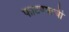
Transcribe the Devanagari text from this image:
फाटण्याची